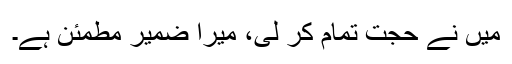
میں نے حجت تمام کر لی، میرا ضمیر مطمئن ہے۔